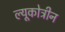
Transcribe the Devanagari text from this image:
ल्यूकोट्रीन